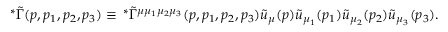
\, ^ { \ast } \tilde { \Gamma } ( p , p _ { 1 } , p _ { 2 } , p _ { 3 } ) \equiv \, ^ { \ast } \tilde { \Gamma } ^ { \mu \mu _ { 1 } \mu _ { 2 } \mu _ { 3 } } ( p , p _ { 1 } , p _ { 2 } , p _ { 3 } ) \tilde { u } _ { \mu } ( p ) \tilde { u } _ { { \mu } _ { 1 } } ( p _ { 1 } ) \tilde { u } _ { { \mu } _ { 2 } } ( p _ { 2 } ) \tilde { u } _ { { \mu } _ { 3 } } ( p _ { 3 } ) .